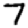
Digit: 7